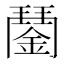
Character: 𨪖